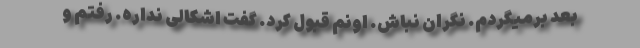
بعد برمیگردم. نگران نباش. اونم قبول کرد. گفت اشکالی نداره. رفتم و